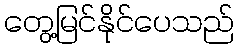
တွေ့မြင်နိုင်ပေသည်